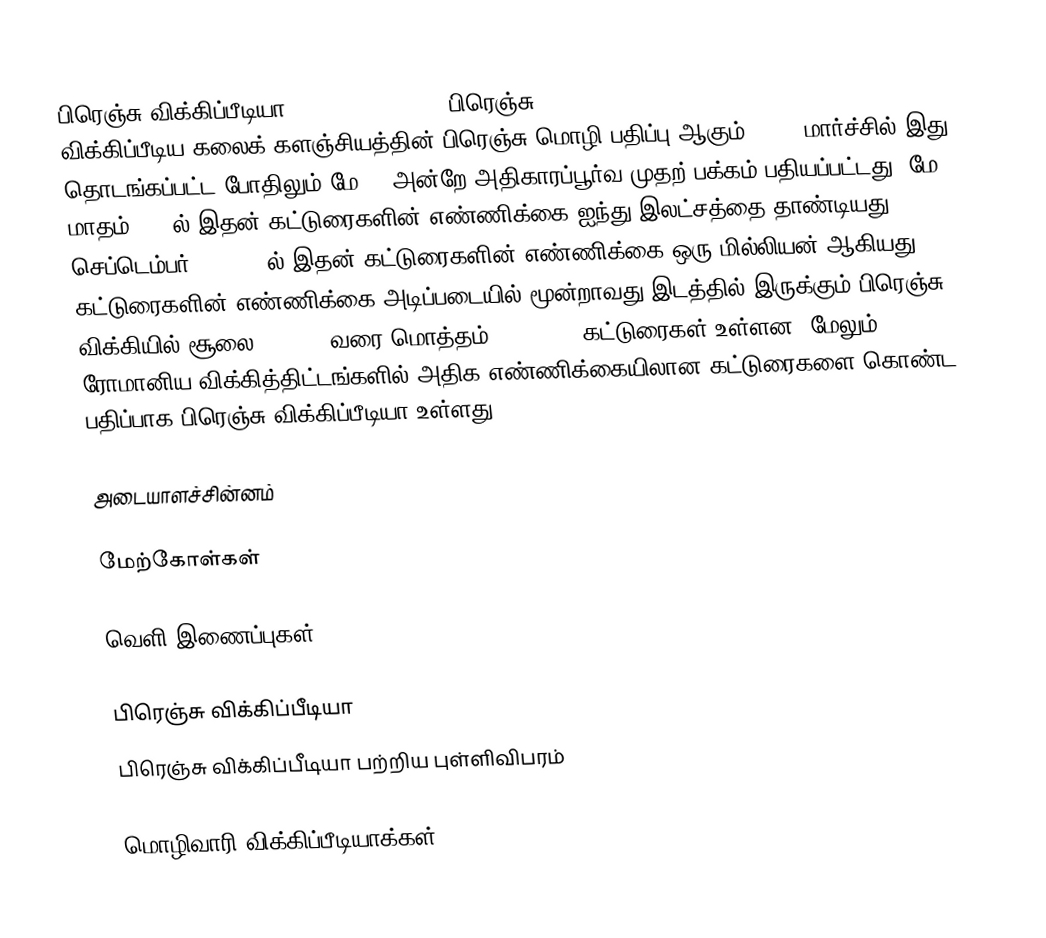
பிரெஞ்சு விக்கிப்பீடியா (French Wikipedia பிரெஞ்சு: Wikipédia francophone, Wikipédia en français) விக்கிப்பீடிய கலைக் களஞ்சியத்தின் பிரெஞ்சு மொழி பதிப்பு ஆகும். 2001 மார்ச்சில் இது தொடங்கப்பட்ட போதிலும் மே 19 அன்றே அதிகாரப்பூர்வ முதற் பக்கம் பதியப்பட்டது. மே மாதம் 2007ல் இதன் கட்டுரைகளின் எண்ணிக்கை ஐந்து இலட்சத்தை தாண்டியது. செப்டெம்பர் 23, 2010ல் இதன் கட்டுரைகளின் எண்ணிக்கை ஒரு மில்லியன் ஆகியது.. கட்டுரைகளின் எண்ணிக்கை அடிப்படையில் மூன்றாவது இடத்தில் இருக்கும் பிரெஞ்சு விக்கியில் சூலை 3, 2012 வரை மொத்தம் 1,280,298 கட்டுரைகள் உள்ளன. மேலும் ரோமானிய விக்கித்திட்டங்களில் அதிக எண்ணிக்கையிலான கட்டுரைகளை கொண்ட பதிப்பாக பிரெஞ்சு விக்கிப்பீடியா உள்ளது.

அடையாளச்சின்னம்

மேற்கோள்கள்

வெளி இணைப்புகள்

 பிரெஞ்சு விக்கிப்பீடியா
 பிரெஞ்சு விக்கிப்பீடியா பற்றிய புள்ளிவிபரம்

மொழிவாரி விக்கிப்பீடியாக்கள்